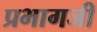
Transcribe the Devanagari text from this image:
प्रभागजी